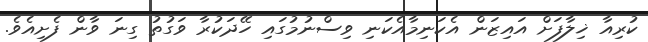
ކުރިއާ ޚިލާފަށް އައިޒަން އެކަނިމާއެކަނި ވިސްނުމުގައި ހޭދަކުރާ ވަގުތު ގިނަ ވާން ފެށިއެވެ.